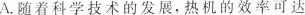
A.随着科学技术的发展，热机的效率可达